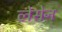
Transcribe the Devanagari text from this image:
लेसेन